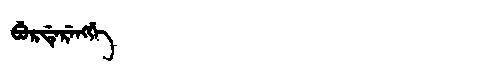
Manchu: ᠪᡠᡵᡩᡝᡵᡝᠩᡤᡝ
Romanization: BURDERENGGE